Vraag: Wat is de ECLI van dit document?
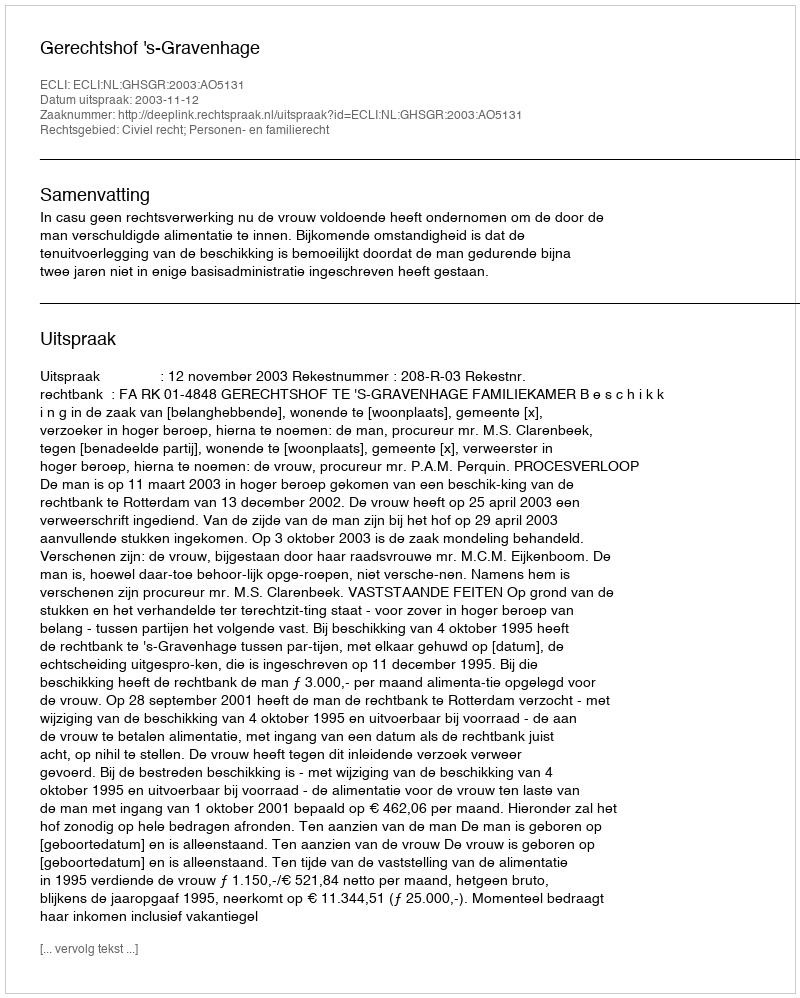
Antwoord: ECLI:NL:GHSGR:2003:AO5131